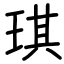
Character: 琪